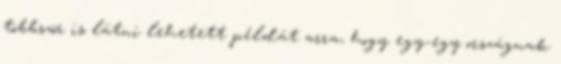
többször is látni lehetett példát arra, hogy egy-egy országnak